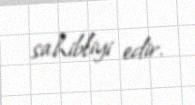
sahibliyi edir.